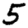
Digit: 5